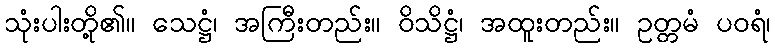
သုံးပါးတို့၏။ သေဋ္ဌံ၊ အကြီးတည်း။ ဝိသိဋ္ဌံ၊ အထူးတည်း။ ဥတ္တမံ ပဝရံ၊